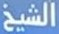
الشيخ